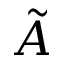
\tilde { A }